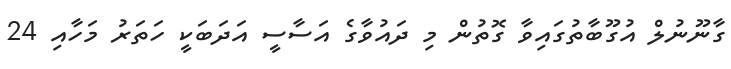
ގާނޫނުލް އުގޫބާތުގައިވާ ގޮތުން މި ދައުވާގެ އަސާސީ އަދަބަކީ ހަތަރު މަހާއި 24